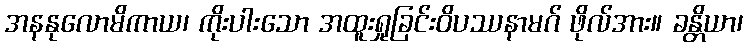
အနနုလောမိကာယ၊ ကိုးပါးသော အထူးရှုခြင်းဝိပဿနာမဂ် ဖိုလ်အား။ ခန္တိယာ၊